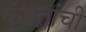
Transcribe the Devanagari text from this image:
कंप्रतांची